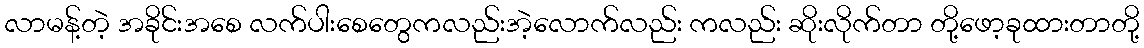
လာမန့်တဲ့ အခိုင်းအစေ လက်ပါးစေတွေကလည်းအဲ့လောက်လည်း ကလည်း ဆိုးလိုက်တာ တို့ဖော့ခုထားတာတို့